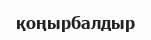
қоңырбалдыр